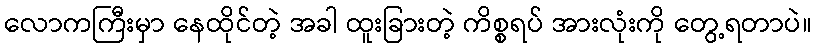
လောကကြီးမှာ နေထိုင်တဲ့ အခါ ထူးခြားတဲ့ ကိစ္စရပ် အားလုံးကို တွေ့ရတာပဲ။